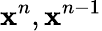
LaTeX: \mathbf{x}^{n},\mathbf{x}^{n-1}